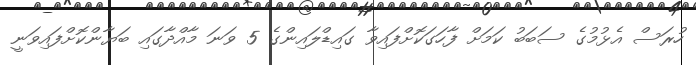
ހުރަސް އެޅުމުގެ ސަބަބު ކަމަށް ފާހަގަކޮށްފައިވާ ގައިޑްލައިންގެ 5 ވަނަ މާއްދާގައި ބަޔާންކޮށްފައިވަނީ